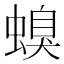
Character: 螑